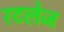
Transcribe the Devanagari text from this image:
रटलेज